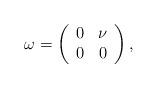
LaTeX: \begin{align*}\omega =\left(\begin{array}{rr}0 & \nu \\0 & 0 \end{array}\right),\end{align*}